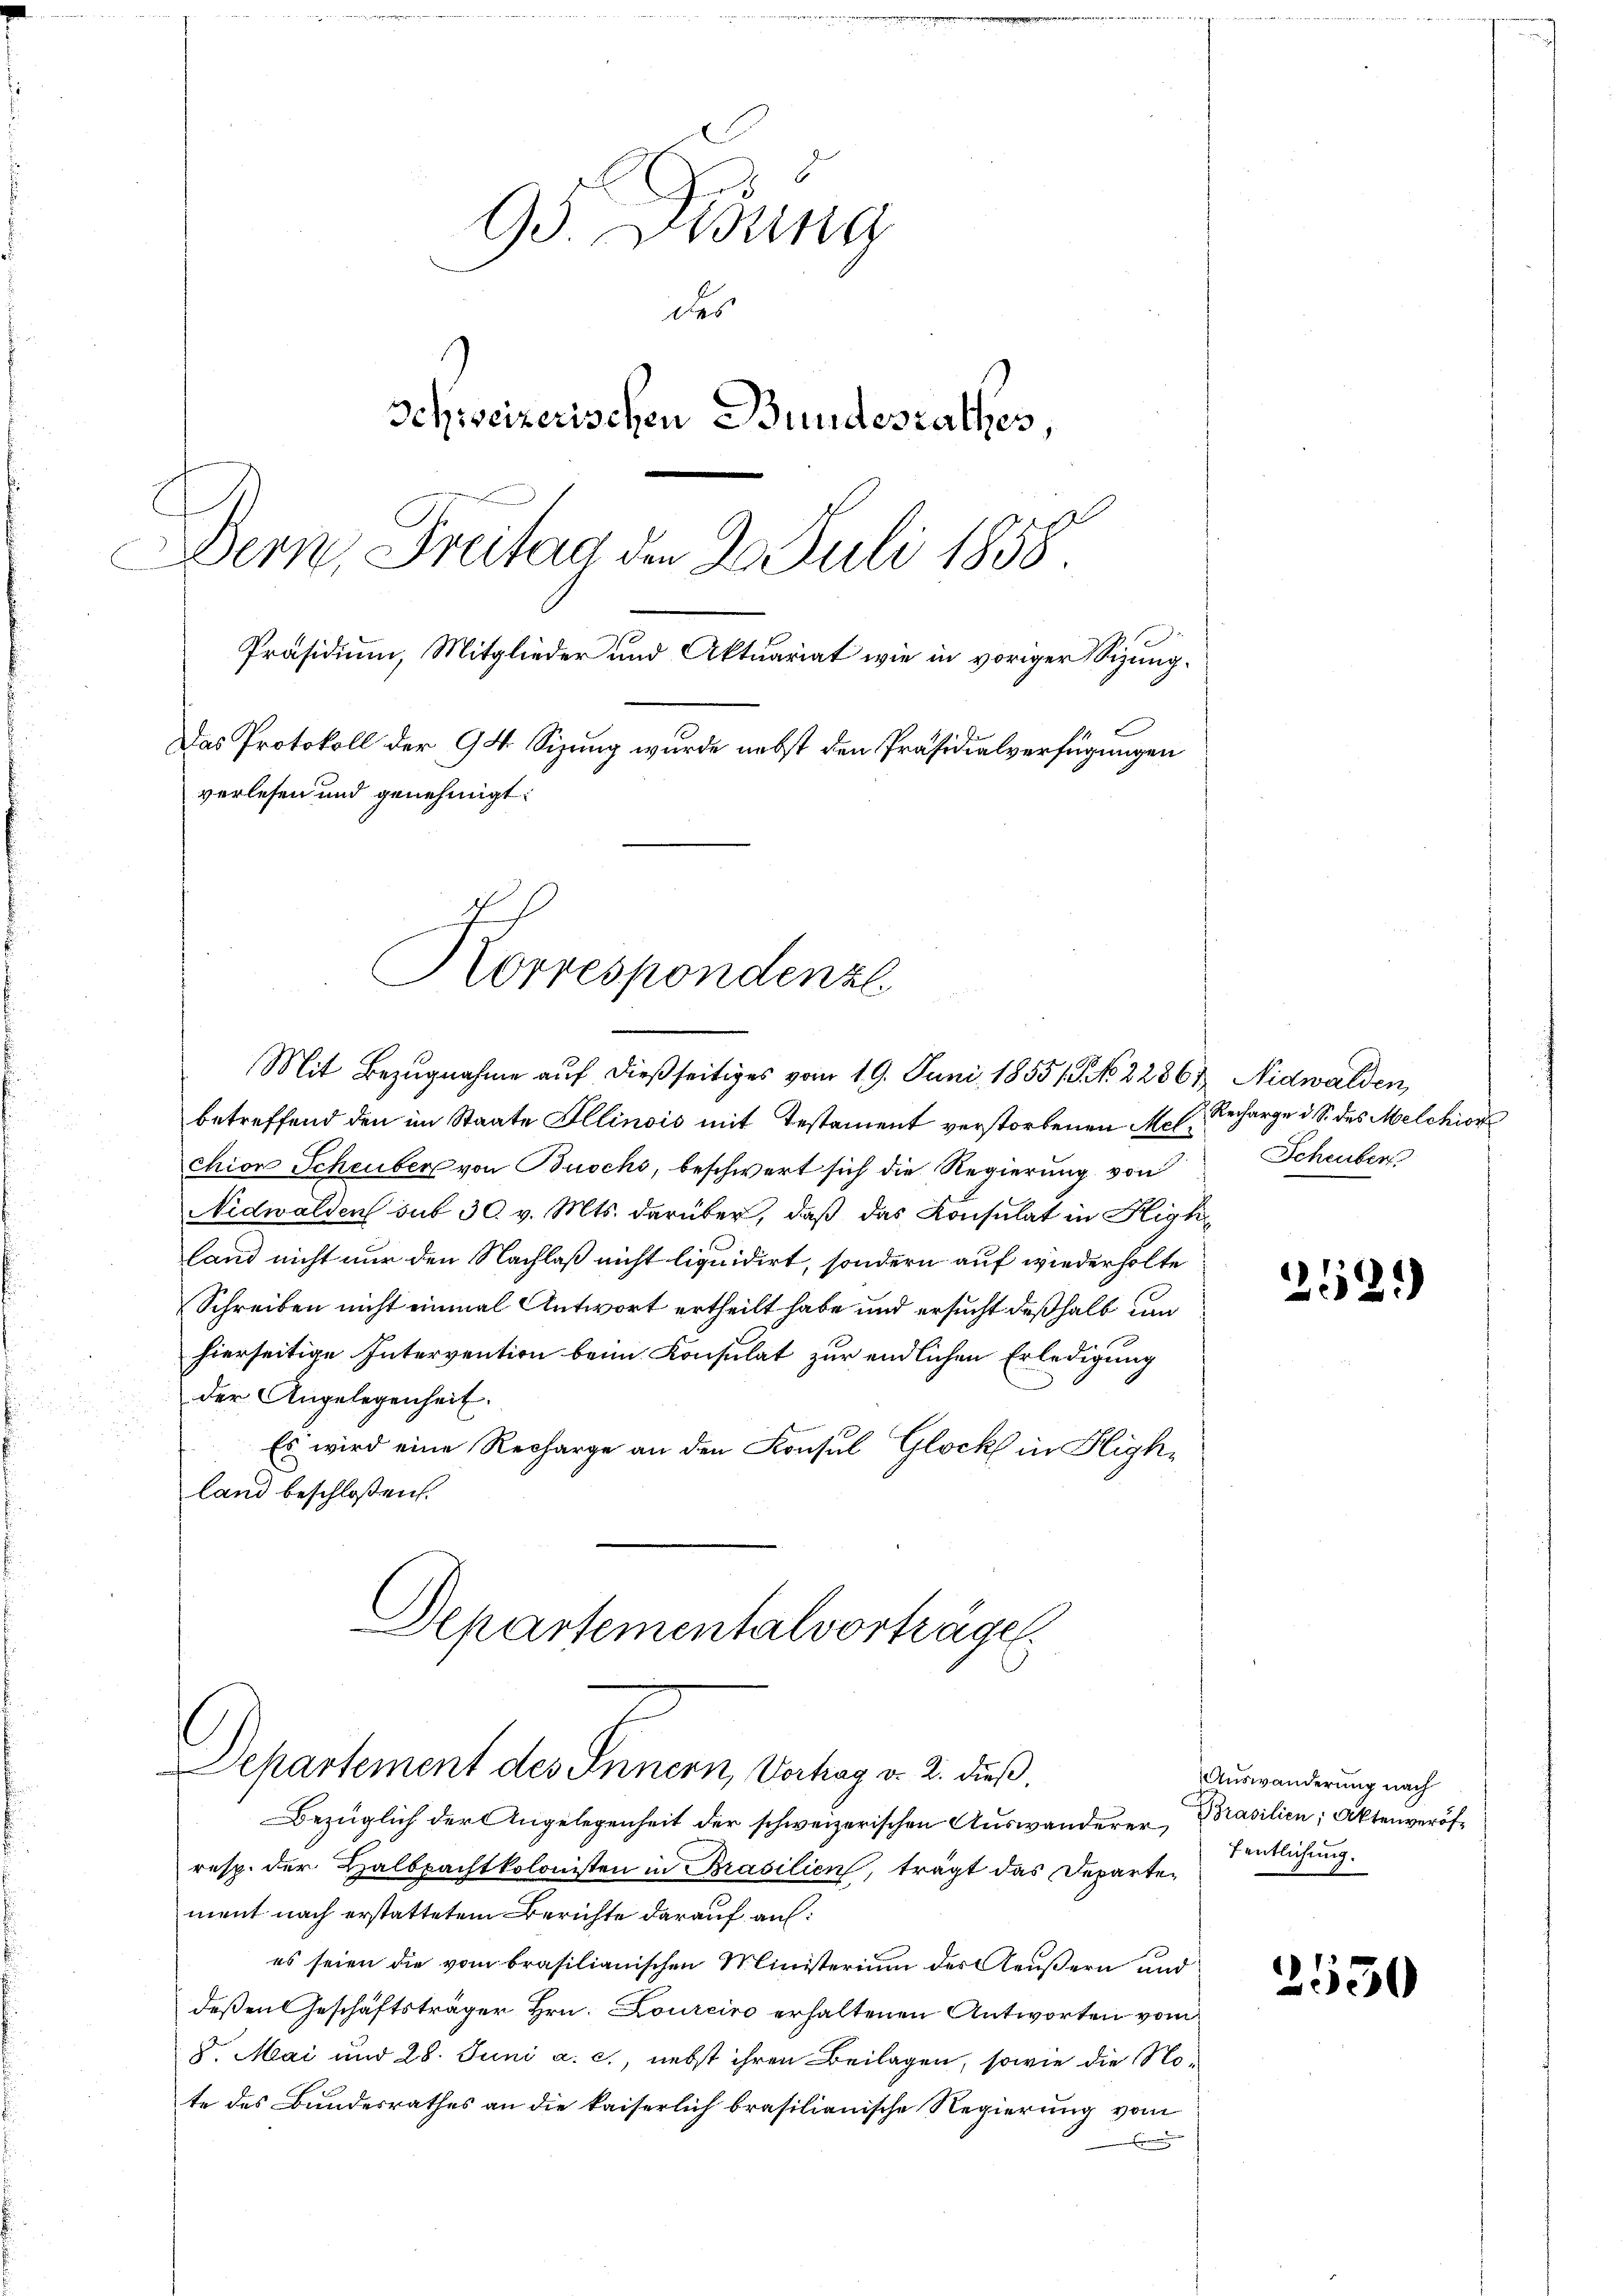
95. Desung
des
Schweizerischen Bundesrathes,
Dern, Freitag den 2. Juli 1858.
Präsidium, Mitglieder und Aktuariat wie in voriger Sizung¬
Das Protokoll der 94. Sizung wurde nebst den Präsidialverfügungen
verlesen und genehmigt:

Mit Bezugnahme auf dießseitiges vom 19. Juni 1855/G No 2286/ Nidwalden,

Korrespondenzl

betreffend den im Staate Illinois mit Testament verstorbenen Melchior Scheuber von Buochs, beschwert sich die Regierung von
Nidwalden sub 30. v. Mts. darüber, daß das Konsulat in Higke
land nicht nur den Nachlaß nicht liquidirt, sondern auf wiederholte
Schreiben nicht einmal Antwort ertheilt habe und ersucht deßhalb um
hierseitige Intervention beim Konsulat zur endlichen Erledigung
der Angelegenheit.
Es wird eine Recharge an den Konsul Glock in Highland beschloßen:

Departementalvorträge
Departement des Innern, Vorhag v. 2. dieß.

Bezüglich der Angelegenheit der schweizerischen Auswanderer,
resp. der Halbpachtkolonisten in Brasilien, trägt das Departement nach erstattetem Berichte darauf auf:
es seien die vom brasilianischen Ministerium der Aeußern und
deßen Geschäftsträger Hrn. Loureiro erhaltenen Antworten vom
8. Mai und 28. Juni a. c., nebst ihren Beilagen, sowie die Note des Bundesrathes an die kaiserlich brasilianische Regierung vom

2. Recharge d. S. des Melchior
Scheubert

252)

Auswanderung nach
Brasilien; Aktenveröf
fentlichung.

2550